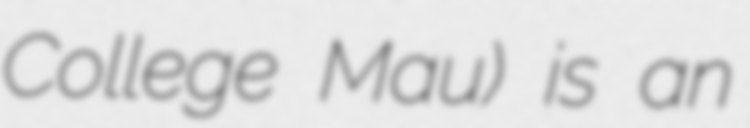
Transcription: College Mau) is an